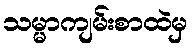
သမ္မာကျမ်းစာထဲမှ